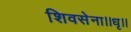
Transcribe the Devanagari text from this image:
शिवसेना।।धृ।।